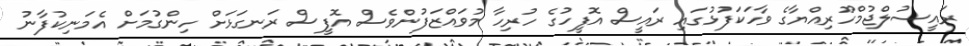
ރައީސުލްޖުމްހޫރިއްޔާގެ ވާހަކަފުޅުގައި ރައީސް އޮފީހުގެ ހުރިހާ މުވައްޒަފުންވެސް އޮފީސް ރަނގަޅަށް ހިންގުމަށް އެމަނިކުފާނު